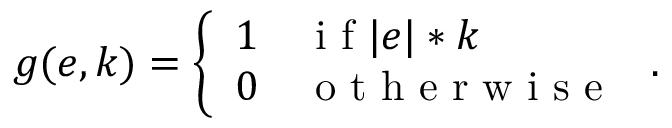
g ( e , k ) = \left\{ \begin{array} { l l } { 1 } & { \mathrm { ~ i ~ f ~ } | e | * k } \\ { 0 } & { \mathrm { ~ o ~ t ~ h ~ e ~ r ~ w ~ i ~ s ~ e ~ } } \end{array} \right. .